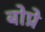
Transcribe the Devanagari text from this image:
बोप्रे